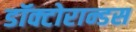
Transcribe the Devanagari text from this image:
डॉक्टोरान्डस